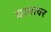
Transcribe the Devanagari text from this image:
घामावर